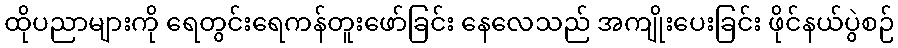
ထိုပညာများကို ရေတွင်းရေကန်တူးဖော်ခြင်း နေလေသည် အကျိုးပေးခြင်း ဖိုင်နယ်ပွဲစဉ်